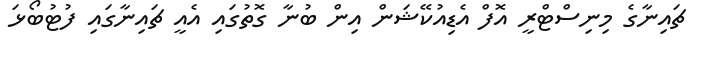
ޗައިނާގެ މިނިސްޓްރީ އޮފް އެޑިއުކޭޝަން އިން ބުނާ ގޮތުގައި އެއީ ޗައިނާގައި ފުޓުބޯޅަ